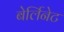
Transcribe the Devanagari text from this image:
बेर्लिनेट